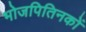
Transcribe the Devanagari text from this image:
भोजपितिनकों